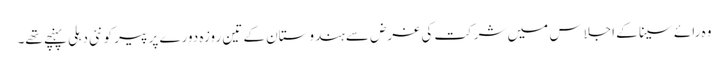
وہ رائے سینا کے اجلاس میں شرکت کی غرض سے ہندوستان کے تین روزہ دورے پر پیر کو نئی دہلی پہنچے تھے۔